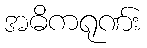
အဓိကရုဏ်း